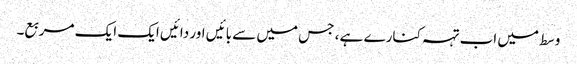
وسط میں اب تہہ کنارے ہے ، جس میں سے بائیں اور دائیں ایک ایک مربع۔